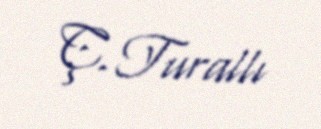
Ç. Turallı